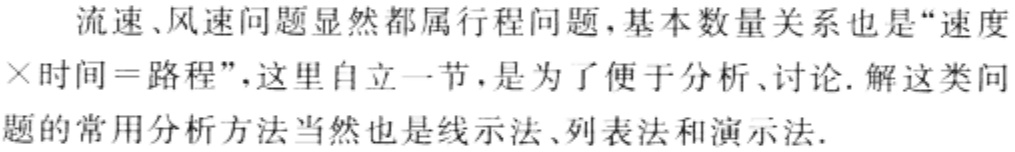
流速、风速问题显然都属行程问题,基本数量关系也是“速度$\times$时间$=$路程”,这里自立一节,是为了便于分析、讨论.解这类问题的常用分析方法当然也是线示法、列表法和演示法.